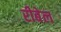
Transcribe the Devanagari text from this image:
रीबेल